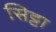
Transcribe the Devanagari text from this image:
सिट्टा